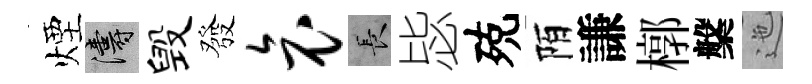
煙濤毁發哀长毖殑陌謙槨槃迤